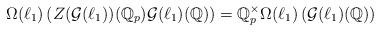
LaTeX: \begin{align*}\Omega(\ell_1)\left(Z(\mathcal{G}(\ell_1))(\mathbb{Q}_p)\mathcal{G}(\ell_1)(\mathbb{Q})\right)=\mathbb{Q}_p^\times\Omega(\ell_1)\left(\mathcal{G}(\ell_1)(\mathbb{Q})\right)\end{align*}